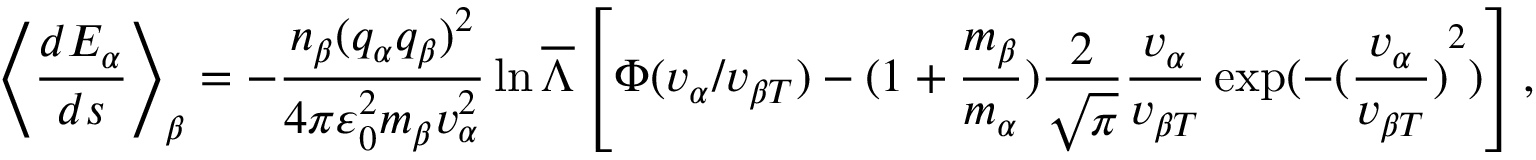
{ { \left\langle \frac { d { { E } _ { \alpha } } } { d s } \right\rangle } _ { \beta } } = - \frac { { { n } _ { \beta } } { { ( { { q } _ { \alpha } } { { q } _ { \beta } } ) } ^ { 2 } } } { 4 \pi \varepsilon _ { 0 } ^ { 2 } { { m } _ { \beta } } v _ { \alpha } ^ { 2 } } \ln \overline { { \Lambda } } \left[ \Phi ( { { v } _ { \alpha } } / { { v } _ { \beta T } } ) - ( 1 + \frac { { { m } _ { \beta } } } { { { m } _ { \alpha } } } ) \frac { 2 } { \sqrt { \pi } } \frac { { { v } _ { \alpha } } } { { { v } _ { \beta T } } } \exp ( - { { ( \frac { { { v } _ { \alpha } } } { { { v } _ { \beta T } } } ) } ^ { 2 } } ) \right] ,